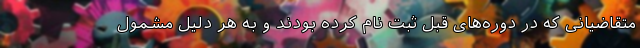
متقاضیانی که در دوره‌های قبل ثبت نام کرده بودند و به هر دلیل مشمول